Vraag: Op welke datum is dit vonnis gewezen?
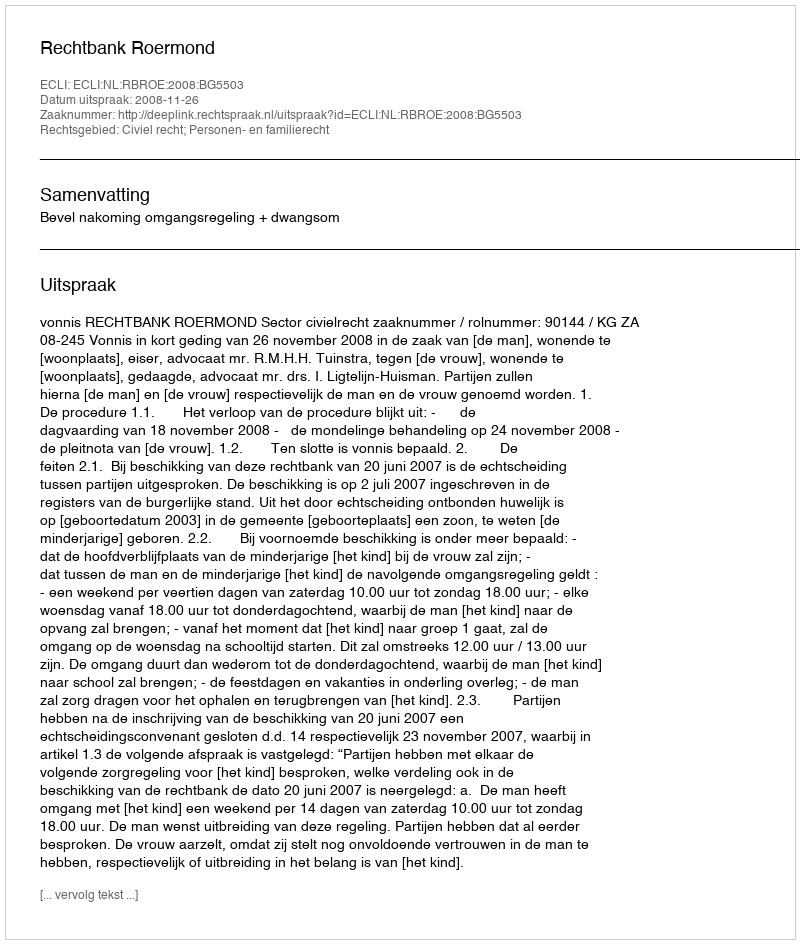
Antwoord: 2008-11-26